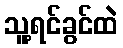
သူ့ရင်ခွင်ထဲ